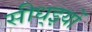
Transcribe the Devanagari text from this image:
सीध्इयों